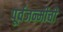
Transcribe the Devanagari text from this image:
पूर्वजन्मीची